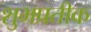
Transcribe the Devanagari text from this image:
शुभप्रतीक